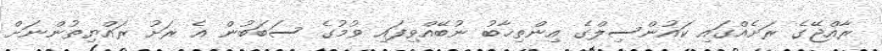
ރާއްޖޭގެ ރަށެއްގައި ކައުންސިލްގެ އިންތިޚާބު ނުބޭއްވިފައި ވުމުގެ ސަބަބުން އެ ރަށު ރައްޔިތުންނަށް